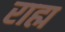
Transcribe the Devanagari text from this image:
राह्म